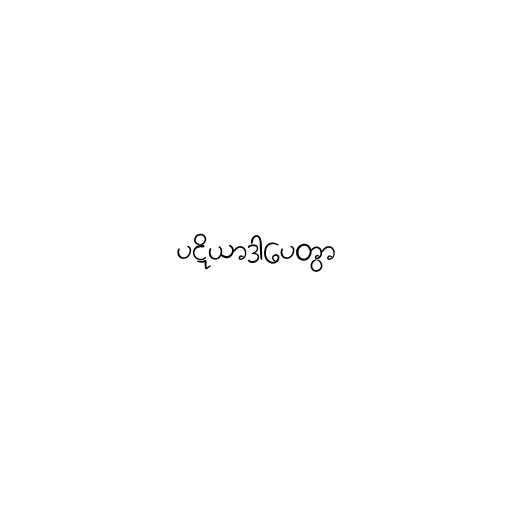
ပဋိယာဒာပေတွာ